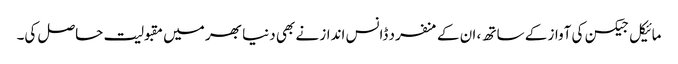
مائیکل جیکسن کی آواز کے ساتھ ، ان کے منفرد ڈانس انداز نے بھی دنیا بھر میں مقبولیت حاصل کی۔